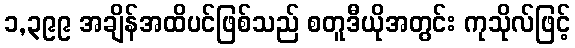
၁,၃၉၉ အချိန်အထိပင်ဖြစ်သည် စတူဒီယိုအတွင်း ကုသိုလ်ဖြင့်